Annual report of the Civil Veterinary Department, Bengal, for the year 1897-98 - 1897-1898
Year: 1897
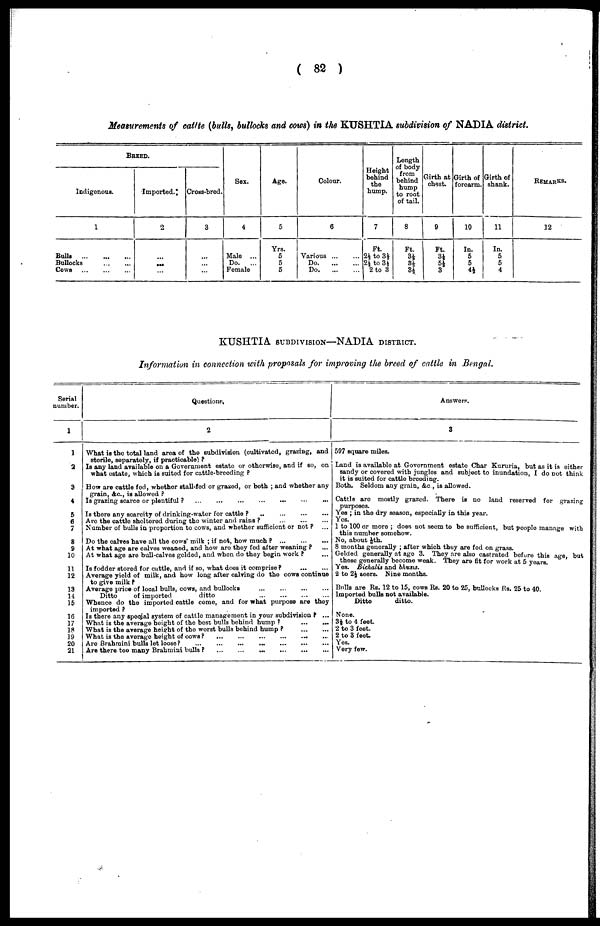
( 82 )
Measurements of cattle (bulls, bullocks and cows) in the KUSHTIA subdivision of NADIA district.
BREED.
Indigenous.
1
Bulls
...
...
...
Bullocks
...
...
Cows
...
...
...
Imported.
2
...
...
...
Cross-bred.
3
...
...
...
Sex.
4
Male ...
Do.
...
Female
Age.
5
Yrs.
5
5
5
Colour.
6
Various ... ...
Do
...
...
Do ... ...
Height
behind
the
hump.
7
Ft.
2½ to 3½
2½ to 3½
2 to 3
Length
of body
from
behind
hump
to root
of tail.
8
Ft.
3½
3½
3½
Girth at
chest.
9
Ft.
3½
5½ 3
Girth of
forearm.
10
In.
5
5
4½
Girth of
shank.
11
In.
5
5
4
REMARKS.
12
KUSHTIA SUBDIVISION—NADIA DISTRICT.
Information in connection with proposals for improving the breed of cattle in Bengal.
Serial
number.
1
1
2
3
4
5
6
7
8
9
10
11
12
13
14
15
16
17
18
19
20
21
Question.
2
What is the total land area of the subdivision (cultivated, grazing, and
sterile, separately, if practicable) ?
Is any land available on a Government estate or otherwise, and if so, on
what estate, which is suited for cattle-breeding ?
How are cattle fed, whether stall-fed or grazed, or both ; and whether any
grain, Ac, is allowed ?
Is grazing scarce or plentiful ?
...
...
...
...
...
...
...
Is there any scarcity of drinking-water for cattle ?
...
...
...
Are the cattle sheltered during the winter and rains ?
...
...
...
Number of bulls in proportion to cows, and whether sufficient or not ? ...
Do the calves have all the cows' milk ; if not, how much ? ... ... ...
At what age are calves weaned, and how are they fed after weaning ? ...
At what ago are bull-calves gelded, and when do they begin work ? ...
Is fodder stored for cuttle, and if so, what does it comprise ? ... ...
Average yield of milk, and how long after calving do the cows continue
to give milk ?
Average price of local bulls, cows, and bullocks
...
...
...
...
Ditto
of imported
ditto
...
...
...
...
Whenco do the imported cattle come, and for what purpose are they
imported ?
Is there any special system of cattle management in your subdivision ? ...
What is the average height of the best bulls behind hump ?
...
...
What is the average height of the worst bulls behind hump ?
...
...
What is the average height of cows ?
...
...
...
...
...
...
Are Brahraini bulls let loose?
...
...
...
...
...
...
...
Are there too many Brahmim bulls ?
...
...
...
...
...
...
Answers.
3
597 square miles.
Land is available at Government estate Char Kururia, but as it is either
sandy or covered with jungles and subject to inundation, I do Dot think
it is suited for cattle breeding.
Both. Seldom any grain, &c , is allowed.
Cattle are mostly grazed. There is no land reserved for grazing
purposes.
Yes ; in the dry season, especially in this year.
Yes.
1 to 100 or more ; does not seem to be sufficient, but people mannge with
this number somehow.
No, about 1/8 th.
8 months generally ; after which they are fed on grass.
Gelded generally at age 3. They are also castrated before this age, but
those generally become weak. They are tit for work at 5 years.
Yes. Bichalis and bhusu.
2 to 2½ seers. Nine months.
Bulls are Rs. 12 to 15, cows Rs. 20 to 25, bullocks Rs. 25 to 40.
Imported bulls not available.
Ditto
ditto.
None.
3½ to 4 feet
2 to 3 feet.
2 to 3 feet.
Yes.
Very few.